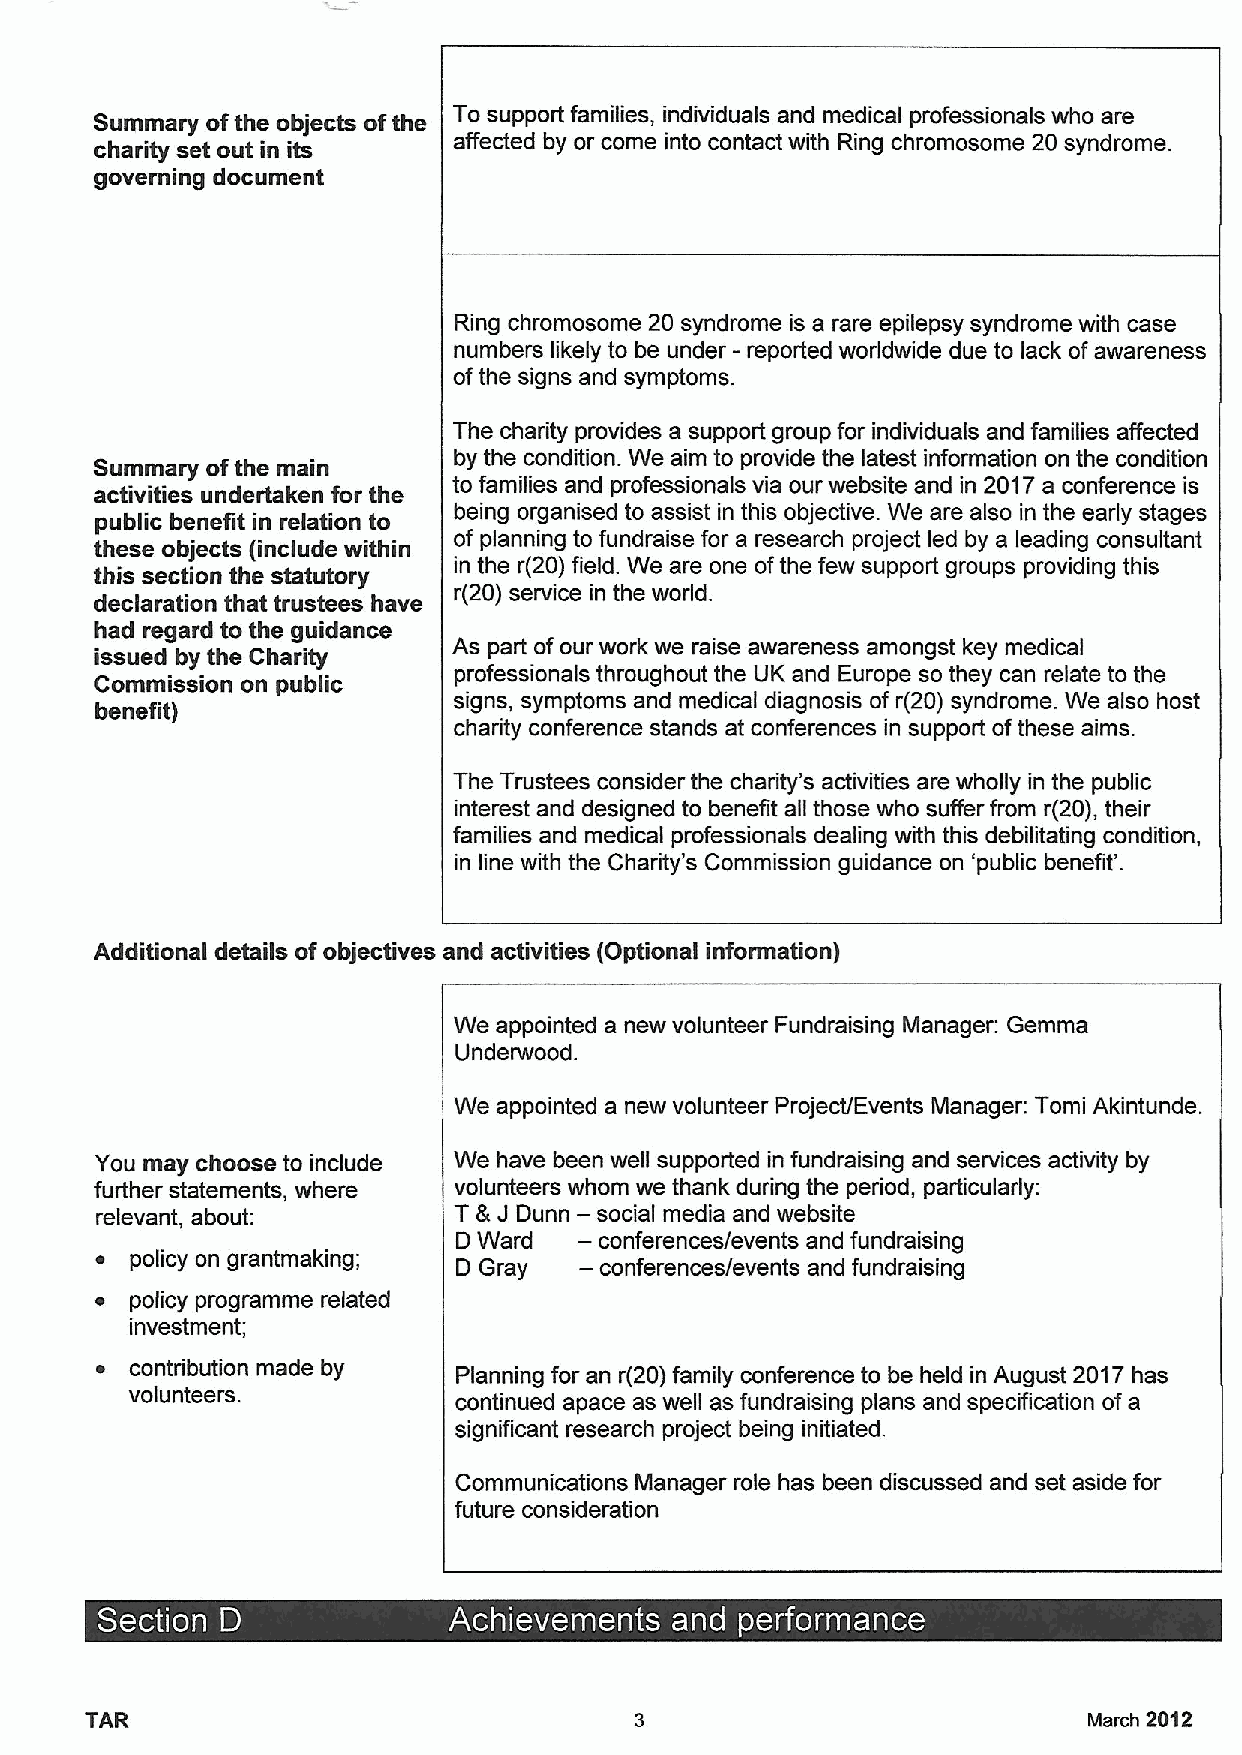
Summary ofthe objects ofthe To support families, individuals and medical professionals who are
 charity set out in its  affected by or come into contact with Ring chromosome 20 syndrome.
 governing document
 Ring chromosome 20 syndrome is a rare epilepsy syndrome with case
 numbers likely to be under - reported worldwide due to lack ofawareness
 ofthe signs and symptoms.
 The charity provides a support group for individuals and families affected
 Summary ofthe main      by the condition. We aim to provide the latest information on the condition
 activities undertaken for the to families and professionals via our website and in 2017a conference is
 public benefit in relation to being organised to assist in this objective. We are also in the early stages
 these objects (include within of planning to fundraise for a research project led by a leading consultant
 this section the statutory in the r(20) field. We are one ofthe few support groups providing this
 declaration that trustees have r(20) service in the world.
 had regard to the guidance
 issued by the Charity   As part ofour work we raise awareness amongst key medical
 professionals throughout the UK and Europe so they can relate to the
 Commission on public
 signs, symptoms and medical diagnosis ofr(20) syndrome. We also host
 benefit)
 charity conference stands at conferences in support ofthese aims.
 The Trustees consider the charity's activities are wholly in the public
 interest and designed to benefit all those who suffer from r(20), their
 families and medical professionals dealing with this debilitating condition,
 in line with the Charity's Commission guidance on 'public benefit*.
 Additional details ofobjectives and activities (Optional information)
 We appointed a new volunteer Fundraising Manager: Gemma
 Underwood.
 We appointed a new volunteer Project/Events Manager: Tomi Akintunde.
 You may choose to include We have been well supported in fundraising and services activity by
 further statements, where volunteers whom we thank during the period, particularly:
 relevant, about:        T8 J Dunn — social media and website
 —
 D Ward    conferences/events and fundraising
 ~  policy on grantmaking; D Gray — conferences/events and fundraising
 ~  policy programme related
 investment;
 ~  contribution made by Planning for an r(20) family conference to be held in August 2017has
 volunteers.          continued apace as well as fundraising plans and specification ofa
 significant research project being initiated.
 Communications Manager role has been discussed and set aside for
 future consideration
 ~  ~                               ~ ~   ~
 TAR                                                               March 2012